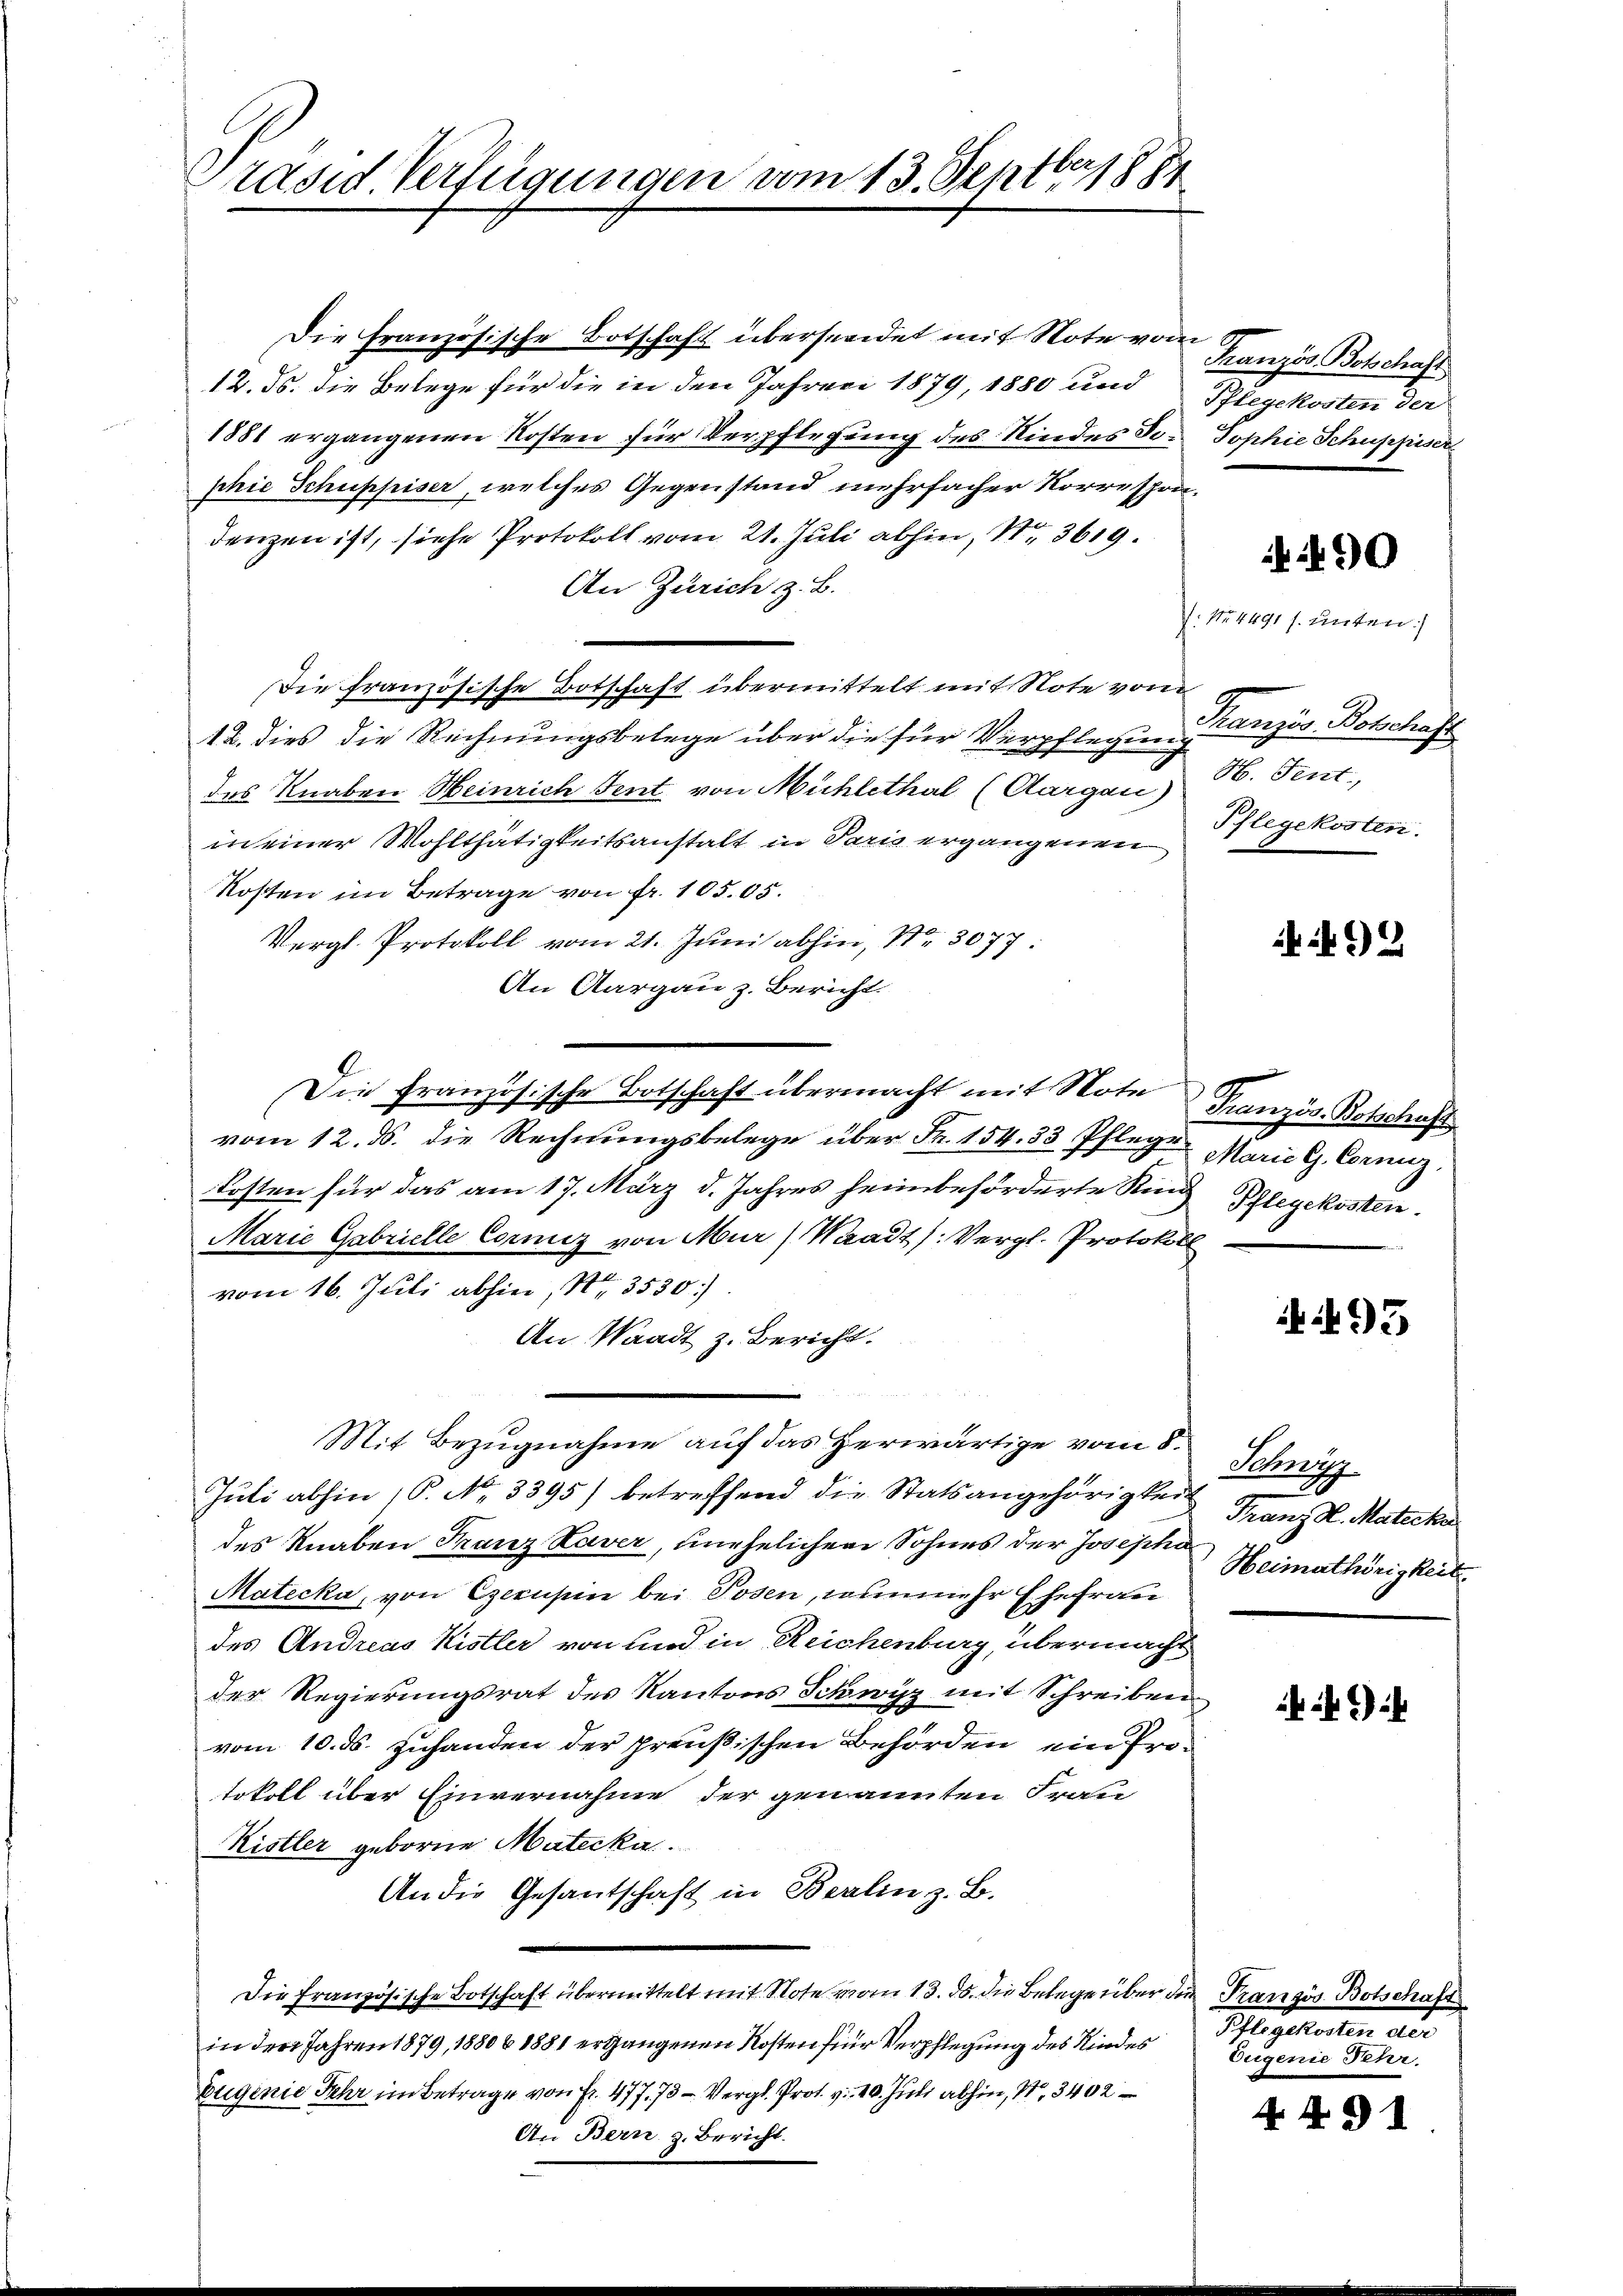
Präsid Verfügungen vom 13. Septbr 1884

Die Französische Botschaft übersendet mit Note von Französ. Botschaft
12. ds. die Belege für die in den Jahren 1879, 1880 und Pflegekosten der
1881 ergangenen Kosten für Verpflegung des Kindes Jo- Sophie Schuppiser
phie Schuppiser, welches Gegenstand mehrfacher Korrespondenzen ist, siche Protokoll vom 21. Juli abhin, Nr. 3619.
An Zürich z. B.
Die französische Botschaft übermittelt mit Note vom
12. dies die Rechnungsbelege über die für Verpflegen Französ. Botschaft
des Knaben Heinrich Fent von Mühlethal (Aargau)
in einer Wohlthätigkeitsanstalt in Paris ergangenen
Kosten im Betrage von fr. 105.05.
Vergl. Protokoll vom 21. Juni abhin, Nr. 3077
An Aargau z. Bericht.
vom 12. ds. die Rechnŭngsbelege über Fr. 154. 33 Pflege Marie l. Cornez,
Kosten für das am 17. März d. Jahres heimbeförderte Kind Pflegekosten.
Marie Gabrielle Corniz von Mur (Waadt (Vergl. Protokoll
vom 16. Juli abhin, Nr. 3530).
An Waadt z. Bericht.
Mit Bezugnahme auf das Herwärtige vom 8.
Juli abhin 16. No. 3395) betreffend die Statsangehörigkeit Franz K. Matecke
des Knaben Franz Xaver, unehelichen Sohnes der Josepha
Matecka, von Egeruhin bei Posen, nunmehr Ehefrau
des Andreas Kistler von sind in Reichenburg, übermacht
der Regierungsrat des Kantons Schwyz mit Schreiben
vom 10. ds. Zuhanden der preußischen Behörden, ein Protokoll über Einvernahme der genannten Frau
Kistler geborne Materka
An die Gesantschaft in Berlin z. B.
Die französische Botschaft übermittelt mit Note vom 13. ds. die Belege über die Pranzös. Botschaft
in den Jahren 1879, 1880 & 1881 ergangenen Kosten für Verpflegung des Kindes
Eugenie sehr im Betrage von Fr. 477. 73 - Vergl. Prot. v. 10. Juli abhin, 1, 3402
An Bern z. Bericht.

Die Französische Botschaft übermacht mit Note Französ. Botschaft

490

: No 4491 s. unten.
H. Fent.
Pflegekosten.

92

495

Schurg
.
Heimathörigkeit

)

Sehr gehalten
Eugenie Sehr

44 § 1